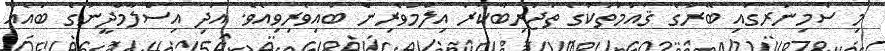
މި ސެމިނަރގައި ބޭރުގެ ޤައުމުތަކުގެ ތަޖުރިބާކާރު އިލްމުވެރިން ބައިވެރިވިއެވެ. އަދި އިސްލާމްދީނުގެ ބައެއް